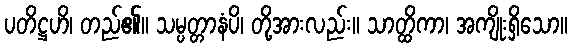
ပတိဋ္ဌဟိ၊ တည်၏။ သမ္ပတ္တာနံပိ၊ တို့အားလည်း။ သာတ္ထိကာ၊ အကျိုးရှိသော။